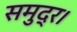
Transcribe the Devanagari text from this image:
समुद्र।